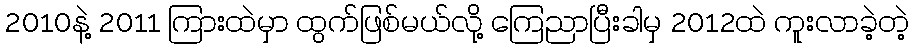
2010နဲ့ 2011 ကြားထဲမှာ ထွက်ဖြစ်မယ်လို့ ကြေညာပြီးခါမှ 2012ထဲ ကူးလာခဲ့တဲ့